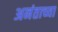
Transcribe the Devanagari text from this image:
अनंताच्या